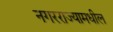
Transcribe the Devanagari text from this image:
नगरराज्यामधील